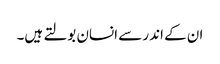
ان کے اندر سے انسان بولتے ہیں۔